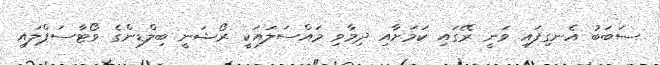
ސަބަބު އެނގިފައި ވަނީ ރޭގައި ކަމަށާއި ދިމާވި މައްސަލައަކީ ރޯޝަނީ ބިލްޑިންގެ ވޯޓާސަޕްލައި